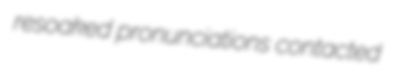
resoaked pronunciations contacted